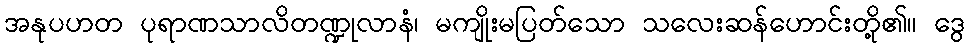
အနုပဟတ ပုရာဏသာလိတဏ္ဍုလာနံ၊ မကျိုးမပြတ်သော သလေးဆန်ဟောင်းတို့၏။ ဒွေ